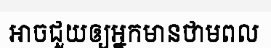
អាចជួយឲ្យអ្នកមានថាមពល